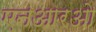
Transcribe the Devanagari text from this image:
एनआरओ